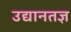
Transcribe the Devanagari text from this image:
उद्यानतज्ञ